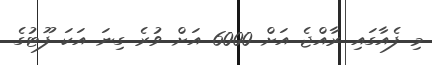
މި ފެއާގައި ރާއްޖެ އަށް 6000 އަށް ވުރެ ގިނަ އަކަ ފޫޓުގެ